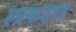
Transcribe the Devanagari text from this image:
लाकडात